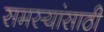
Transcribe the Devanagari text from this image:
समस्यांसाठी